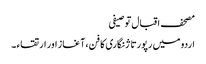
مصحف اقبال توصیفی
اردو میں رپورتاژ نگاری کا فن، آغاز اور ارتقاء ۔